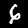
Digit: 6